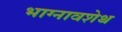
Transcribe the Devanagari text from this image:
भाग्नावशेथ